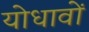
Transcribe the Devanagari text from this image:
योधावों